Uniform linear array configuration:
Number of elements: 12
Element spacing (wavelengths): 0.75
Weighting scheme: binomial
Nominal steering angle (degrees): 45
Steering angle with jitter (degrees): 44.993
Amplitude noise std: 0.05
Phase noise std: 0.05

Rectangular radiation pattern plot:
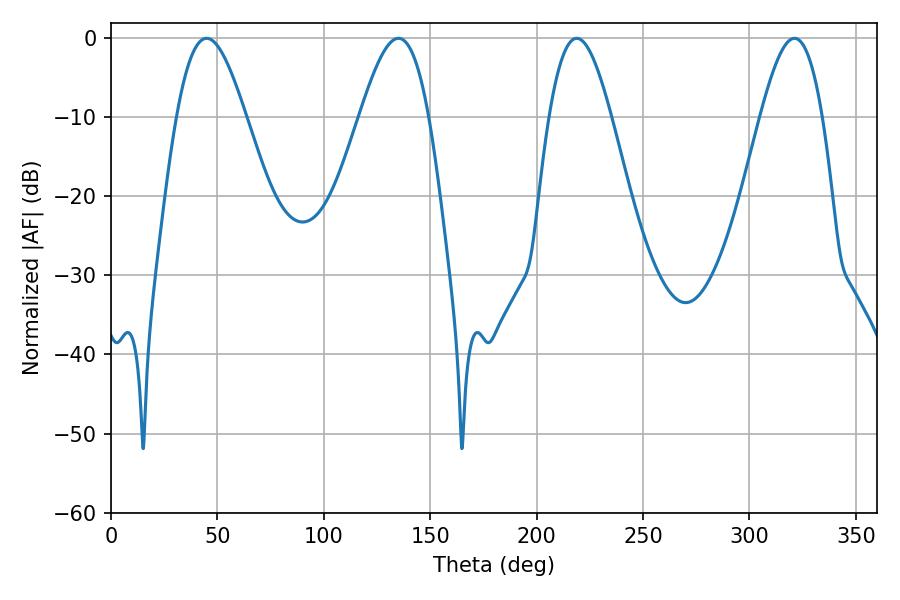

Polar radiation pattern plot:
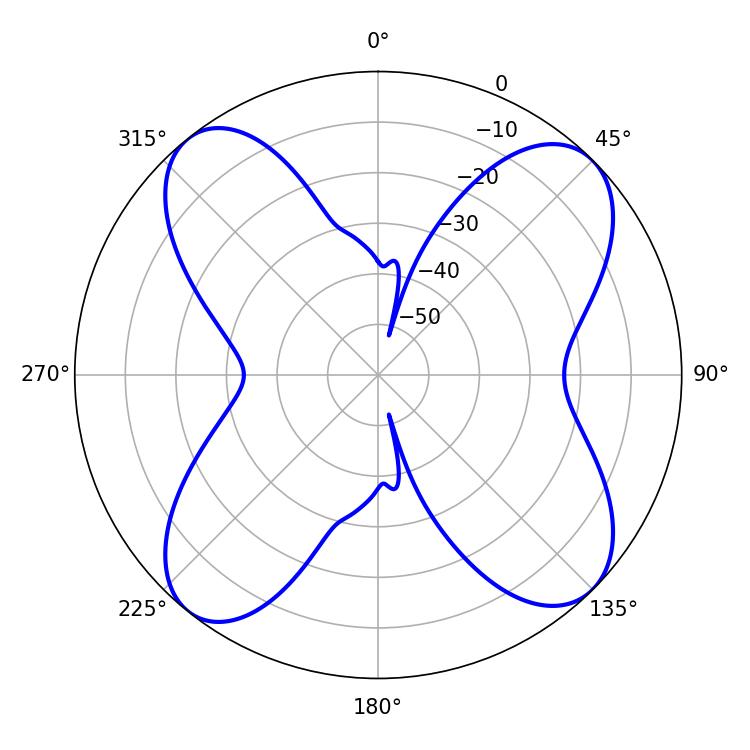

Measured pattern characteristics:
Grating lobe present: TRUE
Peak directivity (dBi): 13.026
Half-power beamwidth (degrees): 15.66
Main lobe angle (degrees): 218.88